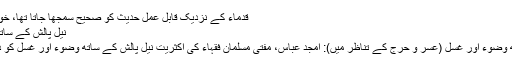
قدماء کے نزدیک قابلِ عمل حدیث کو صحیح سمجھا جاتا تھا، خواہ← مزید پڑھیے
نیل پالش کے ساتھ وضوء اور غُسل
نیل پالش کے ساتھ وضوء اور غُسل (عُسر و حرج کے تناظر میں): امجد عباس، مفتی مسلمان فقہاء کی اکثریت نیل پالش کے ساتھ وضوء اور غُسل کو درست نہیں جانتی۔